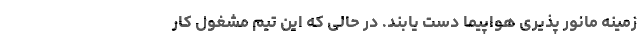
زمینه مانور پذیری هواپیما دست یابند. در حالی که این تیم مشغول کار